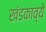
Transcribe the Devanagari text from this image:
खंडकाव्ये